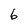
Character: 6